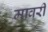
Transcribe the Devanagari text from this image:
मावरी